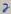
Text: 2